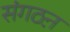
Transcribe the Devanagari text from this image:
संगठऩ